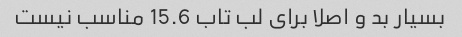
بسیار بد و اصلا برای لب تاب 15.6 مناسب نیست